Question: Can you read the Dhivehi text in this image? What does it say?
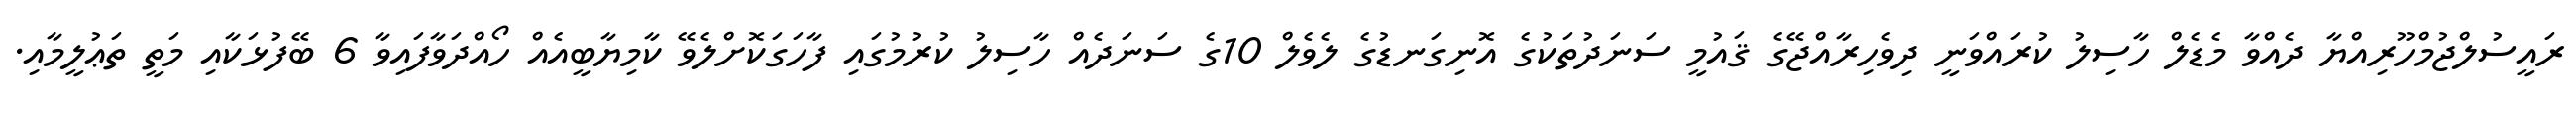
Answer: ރައީސުލްޖުމްހޫރިއްޔާ ދެއްވާ މެޑެލް ހާސިލު ކުރައްވަނީ ދިވެހިރާއްޖޭގެ ޤައުމީ ސަނަދުތަކުގެ އޮނިގަނޑުގެ ލެވެލް 10ގެ ސަނަދެއް ހާސިލު ކުރުމުގައި ފާހަގަކޮށްލެވޭ ކާމިޔާބީއެއް ހޯއްދަވާފައިވާ 6 ބޭފުޅަކާއި މަތީ ތަޢުލީމާއި.